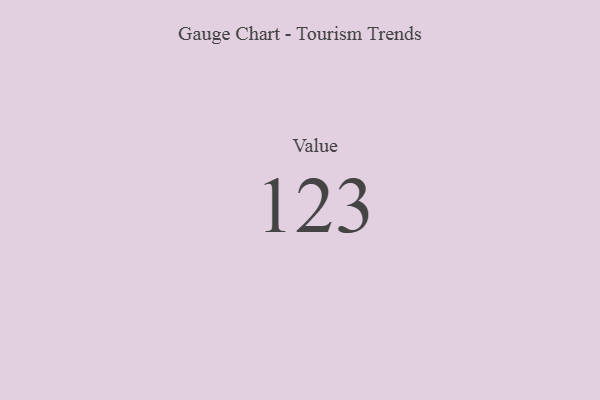
{"axis": {"x": "Metric", "y": "Value"}, "legend": [""], "data": [{"x": "Value", "y": 123, "type": ""}]}